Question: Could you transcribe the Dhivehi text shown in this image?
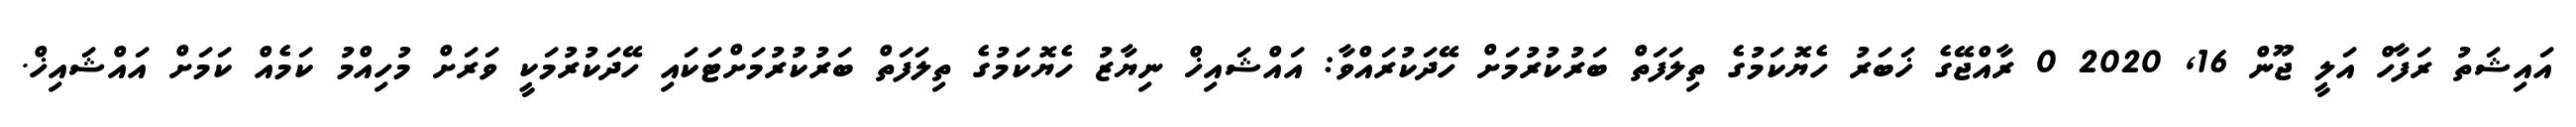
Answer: އައިޝަތު ރަފާހް އަލީ ޖޫން 16, 2020 0 ރާއްޖޭގެ ޚަބަރު ހެޔޮކަމުގެ ތިލަފަތް ބަރުކުރުމަށް ހޭދަކުރައްވާ: އައްޝައިޚް ނިޔާޒު ހެޔޮކަމުގެ ތިލަފަތް ބަރުކުރުމަށްޓަކައި ހޭދަކުރުމަކީ ވަރަށް މުހިއްމު ކަމެއް ކަމަށް އައްޝައިޚް.